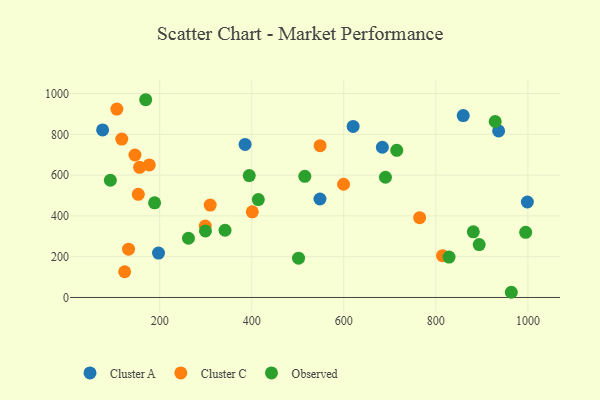
{"axis": {"x": "Engine Size", "y": "Demand"}, "legend": ["Cluster A", "Cluster C", "Observed"], "data": [{"x": "859.5", "y": 892.2, "type": "Cluster A"}, {"x": "936.4", "y": 816.9, "type": "Cluster A"}, {"x": "385.5", "y": 750.6, "type": "Cluster A"}, {"x": "548.2", "y": 482.9, "type": "Cluster A"}, {"x": "683.8", "y": 736.7, "type": "Cluster A"}, {"x": "197.4", "y": 217.9, "type": "Cluster A"}, {"x": "620.3", "y": 839.0, "type": "Cluster A"}, {"x": "76.0", "y": 821.5, "type": "Cluster A"}, {"x": "998.9", "y": 468.1, "type": "Cluster A"}, {"x": "548.5", "y": 744.3, "type": "Cluster C"}, {"x": "153.5", "y": 505.7, "type": "Cluster C"}, {"x": "814.5", "y": 205.1, "type": "Cluster C"}, {"x": "599.5", "y": 555.2, "type": "Cluster C"}, {"x": "401.2", "y": 419.8, "type": "Cluster C"}, {"x": "156.3", "y": 638.0, "type": "Cluster C"}, {"x": "132.3", "y": 236.8, "type": "Cluster C"}, {"x": "146.2", "y": 698.6, "type": "Cluster C"}, {"x": "123.9", "y": 126.1, "type": "Cluster C"}, {"x": "299.0", "y": 350.4, "type": "Cluster C"}, {"x": "117.6", "y": 776.9, "type": "Cluster C"}, {"x": "106.9", "y": 924.0, "type": "Cluster C"}, {"x": "177.4", "y": 650.0, "type": "Cluster C"}, {"x": "309.7", "y": 453.3, "type": "Cluster C"}, {"x": "764.8", "y": 391.2, "type": "Cluster C"}, {"x": "881.4", "y": 321.8, "type": "Observed"}, {"x": "894.2", "y": 259.4, "type": "Observed"}, {"x": "715.1", "y": 721.8, "type": "Observed"}, {"x": "414.3", "y": 480.3, "type": "Observed"}, {"x": "929.0", "y": 863.0, "type": "Observed"}, {"x": "394.6", "y": 598.0, "type": "Observed"}, {"x": "964.0", "y": 25.5, "type": "Observed"}, {"x": "995.2", "y": 319.5, "type": "Observed"}, {"x": "188.9", "y": 464.2, "type": "Observed"}, {"x": "515.3", "y": 594.0, "type": "Observed"}, {"x": "299.4", "y": 326.1, "type": "Observed"}, {"x": "828.7", "y": 198.3, "type": "Observed"}, {"x": "690.5", "y": 589.6, "type": "Observed"}, {"x": "169.6", "y": 969.7, "type": "Observed"}, {"x": "92.8", "y": 574.8, "type": "Observed"}, {"x": "342.0", "y": 329.7, "type": "Observed"}, {"x": "262.5", "y": 290.5, "type": "Observed"}, {"x": "501.7", "y": 192.5, "type": "Observed"}]}